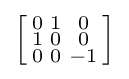
\left[{\begin{smallmatrix}0&1&0\\1&0&0\\0&0&-1\\\end{smallmatrix}}\right]